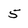
Character: 5